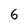
Character: 6